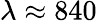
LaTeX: \lambda\approx 840